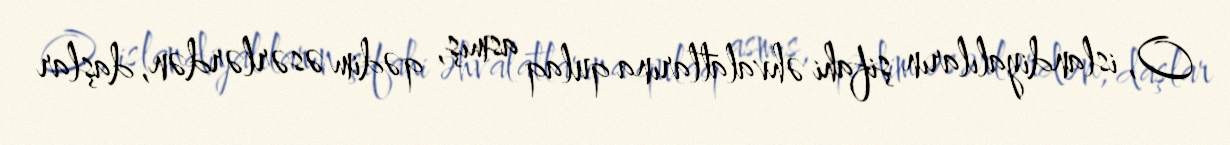
O, islandiyalıların şifahi əhvalatlarına qulaq asmış, qədim əsərlərdən, daşlar